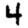
Digit: 4